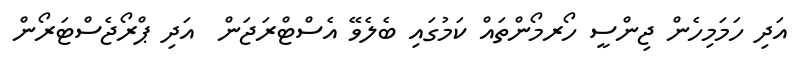
އަދި ހަމަމިހެން ޖިންސީ ހޯރމޯންތައް ކަމުގައި ބެލެވޭ އެސްޓްރަޖަން  އަދި ޕްރޯޖެސްޓަރޯން